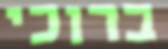
ברוכי